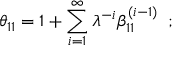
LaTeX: \theta _ { 1 1 } = 1 + \sum _ { i = 1 } ^ { \infty } \lambda ^ { - i } \beta _ { 1 1 } ^ { ( i - 1 ) } \; \; ; \; \;